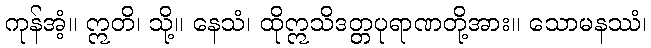
ကုန်အံ့။ ဣတိ၊ သို့။ နေသံ၊ ထိုဣသိဒတ္တပုရာဏတို့အား။ သောမနဿံ၊